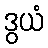
ဒွယံ